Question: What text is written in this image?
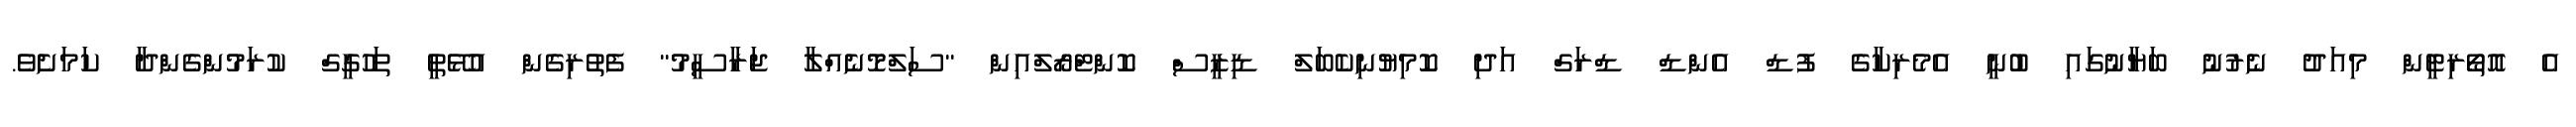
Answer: އެ އޮތޯރިޓީން މިއަދު ނެރުނު ބަޔާނުގައި ބުނީ އެމެރިކާގެ ފުޑް އެންޑް ޑްރަގް އަދި ކޮމިޔުނިކެބަލް ޑިޒީސް ކޮންޓްރޯލްއިން "ސަލްމޮނެއްލާ ޖަރާސީމު" ފެތުރިގެން އުޅޭތީ ތަހުގީގް ކުރަމުންގެންދާ ކަމަށެވެ.